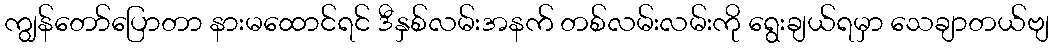
ကျွန်တော်ပြောတာ နားမထောင်ရင် ဒီနှစ်လမ်းအနက် တစ်လမ်းလမ်းကို ရွေးချယ်ရမှာ သေချာတယ်ဗျ